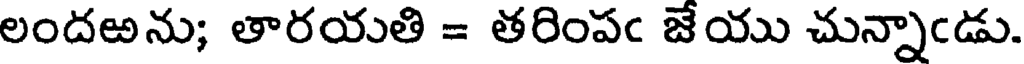
లందఱను; తారయతి = తరింపఁ జేయు చున్నాఁడు.